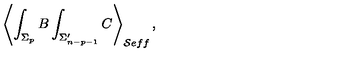
\left\langle \int _ { \Sigma _ { p } } B \int _ { \Sigma _ { n - p - 1 } ^ { \prime } } C \right\rangle _ { \mathcal { S } e f f } ,